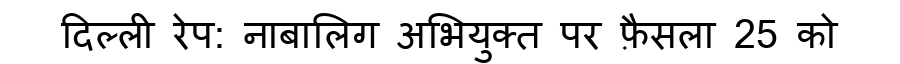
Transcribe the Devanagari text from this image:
दिल्ली रेप: नाबालिग अभियुक्त पर फ़ैसला 25 को